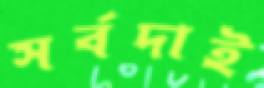
সর্বদাই